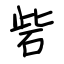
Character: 砦